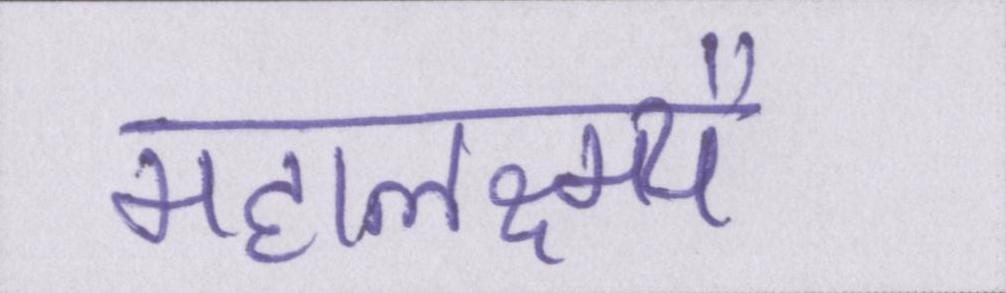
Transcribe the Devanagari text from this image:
महालक्ष्म्यै